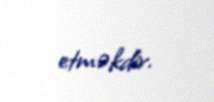
etməkdir.